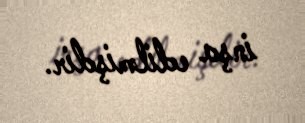
inşa edilmişdir.